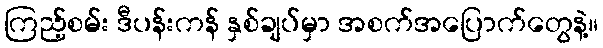
ကြည့်စမ်း ဒီပန်းကန် နှစ်ချပ်မှာ အစက်အပြောက်တွေနဲ့။